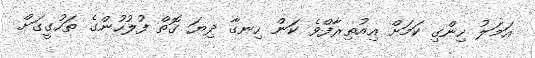
އަމަލު ހިންގި ކަމަށް އިއުތިރާފްވެ ކަން ހިނގާ ދިޔަ ގޮތް ފުލުހުންގެ ތަހުގީގަށް